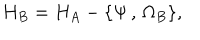
H _ { B } = H _ { A } - \{ \Psi \, , \, \Omega _ { B } \} ,